Sketch of the medical history of the native army of Bombay, for the year
Year: 1875
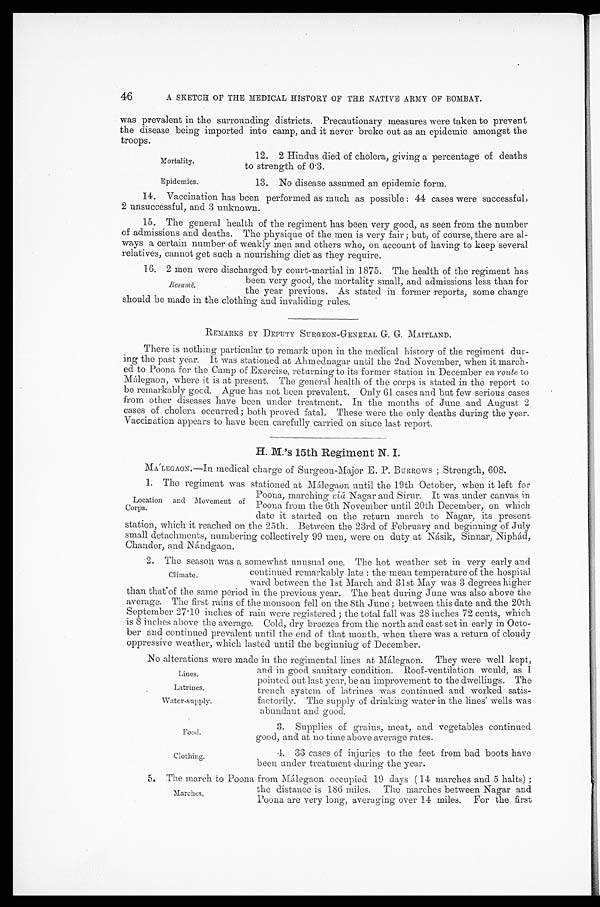
Mortality.
Epidemics.
Lines.
Latrines.
Water-supply.
Food.
46
A SKETCH OF THE MEDICAL HISTORY OF THE NATIVE ARMY OF BOMBAY.
was prevalent in the surrounding districts. Precautionary measures were taken to prevent
the disease being imported into camp, and it never broke out as an epidemic amongst the
troops.
12. 2 Hindus died of cholera, giving a percentage of deaths
to strength of 0.3.
13. No disease assumed an epidemic form.
14. Vaccination has been performed as much as possible : 44 cases were successful,
2 unsuccessful, and 3 unknown.
15. The general health of the regiment has been very good, as seen from the number
of admissions and deaths. The physique of the men is very fair ; but, of course, there are al--
ways a certain number of weakly men and others who, on account of having to keep several
relatives, cannot get such a nourishing diet as they require.
16. 2 men were discharged by court-martial in 1875. The health of the regiment has
been very good, the mortality small, and admissions less than for
the year previous. As stated in former reports, some change
should be made in the clothing and invaliding rules.
REMARKS BY DEPUTY SURGEON-GENERAL G. G. MAITLAND.
There is nothing particular to remark upon in the medical history of the regiment dur
-ing the past year. It was stationed at Ahmednagar until the 2nd November, when it march
-ed to Poona for the Camp of Exercise, returning to its former station in December en route to
Málegaon, where it is at present. The general health of the corps is stated in the report to
be remarkably good. Ague has not been prevalent. Only 61 cases and but few serious cases
from other diseases have been under treatment. In the months of June and August 2
cases of cholera occurred; both proved fatal. These were the only deaths during the year.
Vaccination appears to have been carefully carried on since last report.
H. M.'s 15th Regiment N. I.
MA'LEGAON.—In medical charge of Surgeon-Major E. P. BURROWS ; Strength, 608.
1. The regiment was stationed at Málegaon until the 19th October, when it left for
Poona, marching viâ Nagar and Sirur. It was under canvas in
Poona from the 6th November until 20th December, on which
date it started on the return march to Nagar, its present
station, which it reached on the 25th. Between the 23rd of February and beginning of July
small detachments, numbering collectively 99 men, were on duty at Násik, Sinnar, Niphád,
Chandor, and Nándgaon.
2. The season was a somewhat unusual one. The hot weather set in very early and
continued remarkably late : the mean temperature of the hospital
ward between the 1st March and 31st May was 3 degrees higher
than that of the same period in the previous year. The heat during June was also above the
average. The first rains of the monsoon fell on the 8th June ; between this date and the 20th
September 27.10 inches of rain were registered ; the total fall was 28 inches 72 cents, which
is 8 inches above the average. Cold, dry breezes from the north and east set in early in Octo--
ber and continued prevalent until the end of that month, when there was a return of cloudy
oppressive weather, which lasted until the beginning of December.
No alterations were made in the regimental lines at Málegaon. They were well kept,
and in good sanitary condition. Roof-ventilation would, as I
pointed out last year, be an improvement to the dwellings. The
trench system of latrines was continued and worked satis
-factorily. The supply of drinking water in the lines' wells was
abundant and good.
3. Supplies of grains, meat, and vegetables continued
good, and at no time above average rates.
Resumé.
Location and Movement of
Corps.
Climate.
Clothing.
4. 33 cases of injuries to the feet from bad boots have
been under treatment during the year.
5. The march to Poona from Málegaon occupied 19 days ( 14 marches and 5 halts) ;
the distance is 186 miles. The marches between Nagar and
Poona are very long, averaging over 14 miles. For the first
Marches.